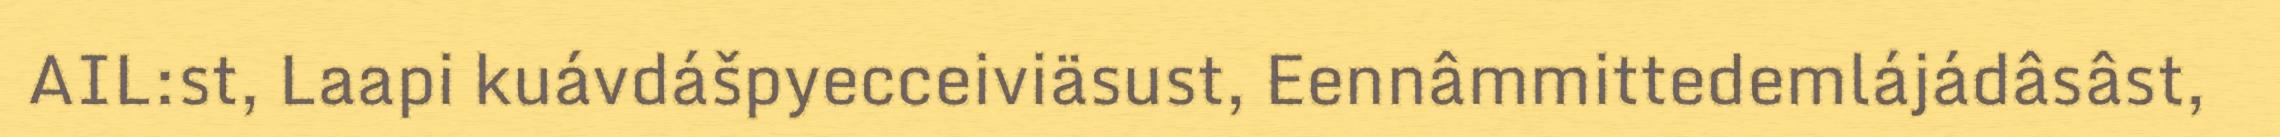
AIL:st, Laapi kuávdášpyecceiviäsust, Eennâmmittedemlájádâsâst,